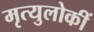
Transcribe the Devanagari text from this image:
मृत्युलोकीं